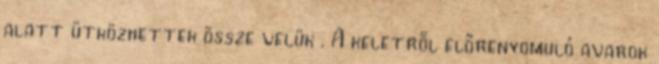
alatt ütközhettek össze velük . A keletről előrenyomuló avarok